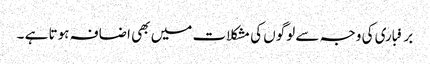
برفباری کی وجہ سے لوگوں کی مشکلات میں بھی اضافہ ہوتا ہے ۔